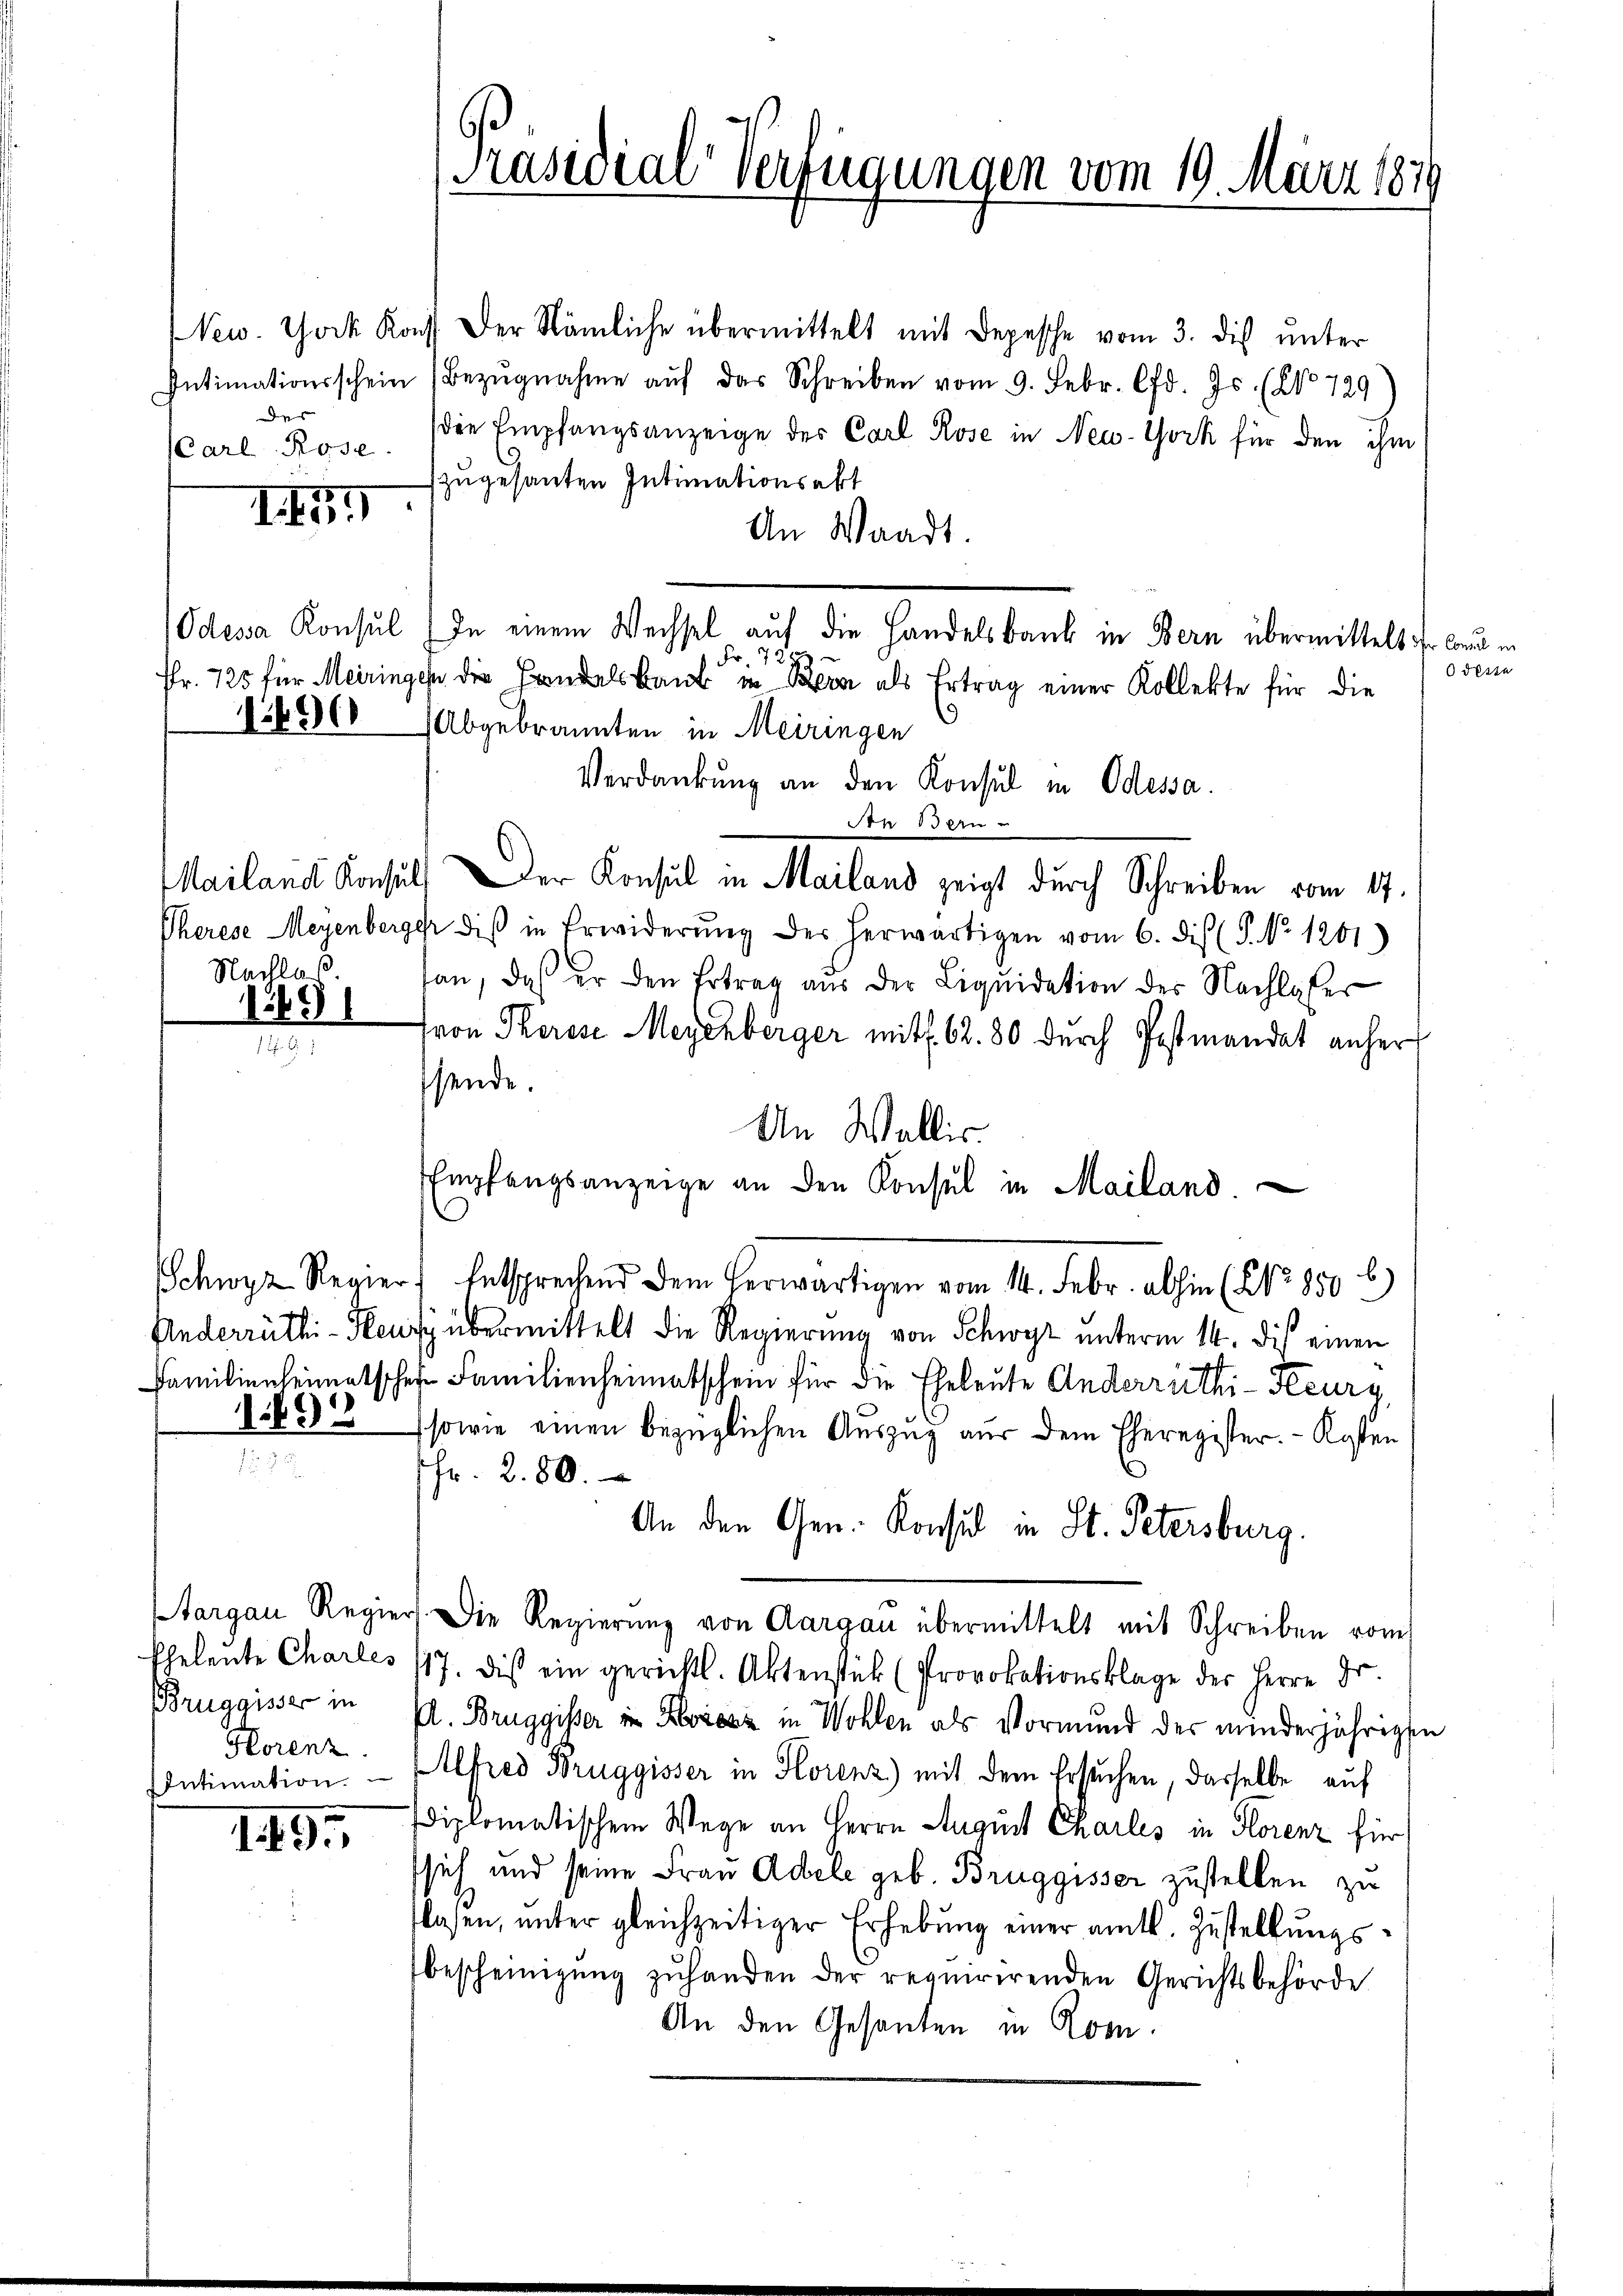
des
Carl Rose

New York Konst der Nämliche übermittelt mit Depesche vom 3. dis ŭnter
Intimationsschein (Bezŭgnahme aŭf das Schreiben vom 9. Febr. lfd. Js. (No 729)
(die Empfangsanzeige des Carl Rose in New-York für den ihm
zugesanten Intimationsakt
An Waadt.
Odessa Konsul In einem Wechsel auf die Handelsbank in Bern übermittelt ihr Consul in
Fr. 7
Fr. 725 für Meiringen die Handelsbank in Bern als Ertrag einer Kollekte für die
6500 Abgebrannten in Meiringen
Verdankung an den Konsul in Odessa.
An der
Mailand Konsuls er Konsul in Mailand zeigt durch Schreiben vom 17.
Pherese Meyenberger diβ in Erwiderŭng der herwärtigen vom 6. dis (S. Nr. 1201)
Nachlaβ. an, das er den Ertrag aŭs der Liqŭidation des Nachlasser
ron Therese Meyenberger mit f. 62. 80 durch Postmandat anher
e
sende.
An Wallis
Empfangsanzeige an den Konsul in Mailand.
Schwyz Regier. Entsprechend dem herwärtigen vom 14. Febr. abhin (NNo. 850 b
Anderrüthi-Haus übermittelt die Regierung von Schwyz unterm 14. dis einen
Familienheimatscher Familienheimatschein für die Eheleute Anderriethi-Steury,
122 sowie einen bezüglichen Auszug aus dem Eheregister. - Kosten

¬
Fr. 280.
An den Gen. Konsul in St. Petersburg.
targau Regier. Die Regierŭng von Aargau übermittelt mit Schreiben vom
Eheleŭte Charles 117. dis ein gerichts. Aktenstük (Provokationsklage der Herrn Dr.
Bruggisser in
Pl. Bruggisser in Kiesz in Wohlen als Vormund der minderjährigen
Horenz.
Intimation. — Alfred Bruggisser in Horenz mit dem Ersuchen, dasselbe auf
diplomatischem Wege an Herrn August Charles in Florenz für
1495
sich und seine Frau Adele geb. Bruggisser zustellen zu
lasen, unter gleichzeitiger Erhebung einer amtl. Zustellungsbescheinigŭng zŭ handen der requirirenden Gerichtsbehörde
An den Gesanten in Rom.

I

129

Präsidial-Verfügungen vom 19. März 1849

deste